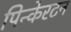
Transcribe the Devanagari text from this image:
पिन्केरटन